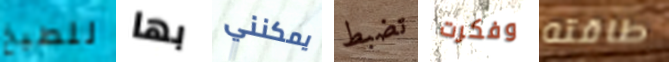
للطبخ بها يمكنني تضبط وفكرت طاقته